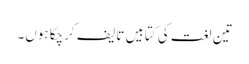
تین لغت کی کتابیں تالیف کرچکا ہوں۔